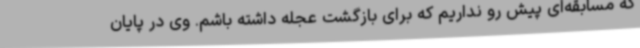
که مسابقه‌ای پیش رو نداریم که برای بازگشت عجله داشته باشم. وی در پایان